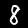
Digit: 8